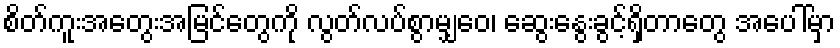
စိတ်ကူးအတွေးအမြင်တွေကို လွတ်လပ်စွာမျှဝေ၊ ဆွေးနွေးခွင့်ရှိတာတွေ အပေါ်မှာ